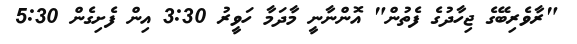
"ރާވެރިބޭގެ ޖިހާދުގެ ފެތުން" އޮންނާނީ މާދަމާ ހަވީރު 3:30 އިން ފެށިގެން 5:30